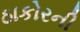
ઠાકોરની